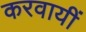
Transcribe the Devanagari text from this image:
करवायीं